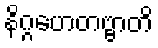
နိဂ္ဂဟေတဗ္ဗာတိ